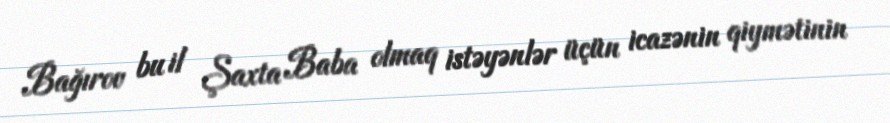
Bağırov bu il Şaxta Baba olmaq istəyənlər üçün icazənin qiymətinin